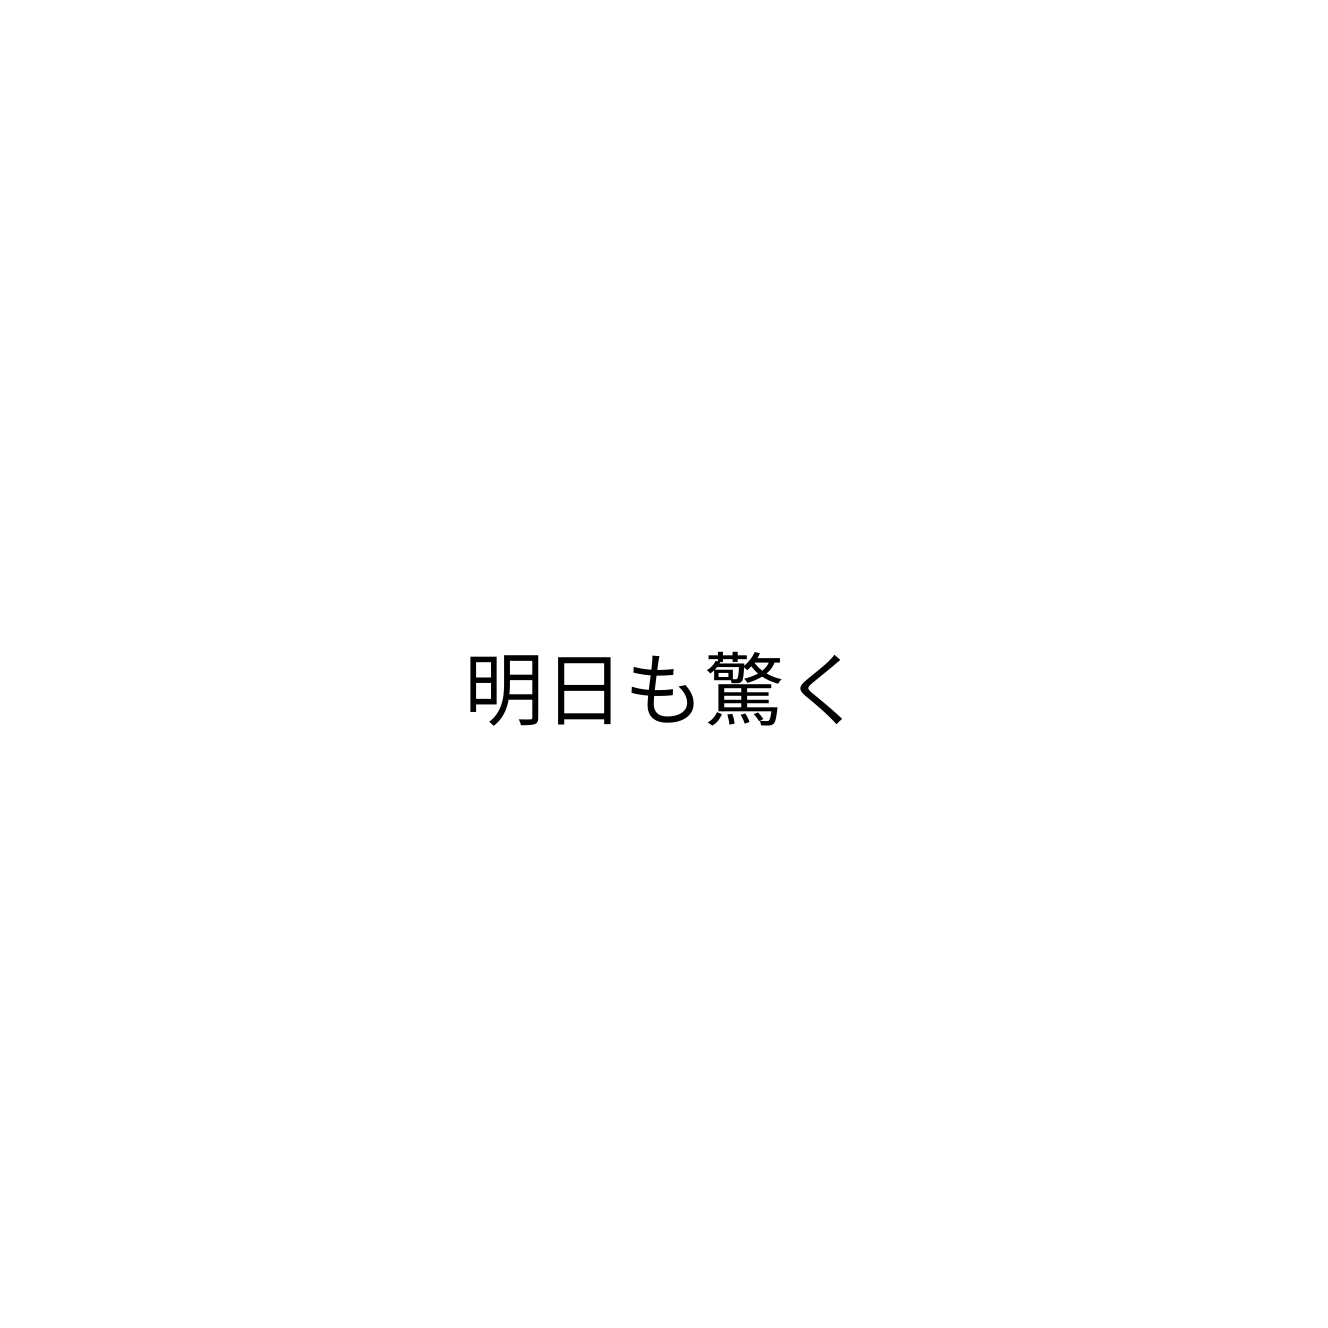
明日も驚く